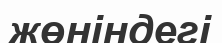
жөніндегі